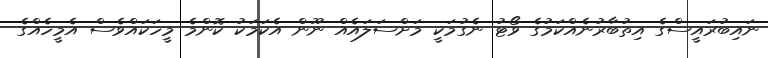
ނައިބުރައީސްގެ އިތުބާރުނެއްކަމުގެ ވޯޓު ނެގުމަކީ މަށްސަލައެއް ނޫން އެކަމަކު ކޮންމެ މީހަކައްވެސް އެމީހެއްގެ